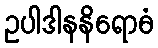
ဥပါဒါနနိရောဓံ